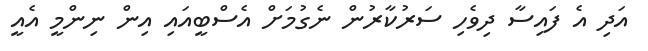
އަދި އެ ފައިސާ ދިވެހި ސަރުކާރުން ނެގުމަށް އެސްބީއައި އިން ނިންމީ އެއީ